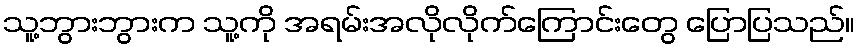
သူ့ဘွားဘွားက သူ့ကို အရမ်းအလိုလိုက်ကြောင်းတွေ ပြောပြသည်။